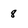
Character: 8